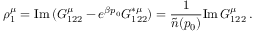
\rho _ { 1 } ^ { \mu } = \mathrm { I m \, } ( G _ { 1 2 2 } ^ { \mu } - e ^ { \beta p _ { 0 } } G _ { 1 2 2 } ^ { * \mu } ) = { \frac { 1 } { \tilde { n } ( p _ { 0 } ) } } \mathrm { I m \, } G _ { 1 2 2 } ^ { \mu } \, .